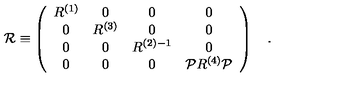
{ \cal R } \equiv \left( \begin{array} { c c c c } { R ^ { ( 1 ) } } & { 0 } & { 0 } & { 0 } \\ { 0 } & { R ^ { ( 3 ) } } & { 0 } & { 0 } \\ { 0 } & { 0 } & { R ^ { ( 2 ) - 1 } } & { 0 } \\ { 0 } & { 0 } & { 0 } & { { \cal P } R ^ { ( 4 ) } { \cal P } } \\ \end{array} \right) \quad . \qquad